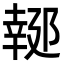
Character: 𨝜